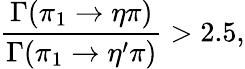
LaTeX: {\frac{\Gamma(\pi_{1}\to\eta\pi)}{\Gamma(\pi_{1}\to\eta^{\prime}\pi)}}>2.5,